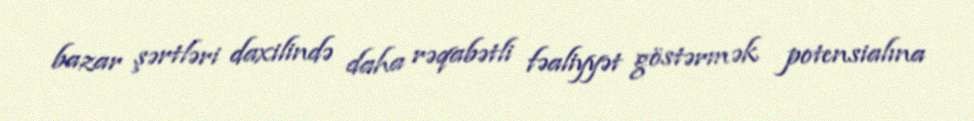
bazar şərtləri daxilində daha rəqabətli fəaliyyət göstərmək potensialına